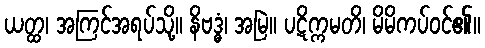
ယတ္ထ၊ အကြင်အရပ်သို့။ နိဗဒ္ဓံ၊ အမြဲ။ ပဋိက္ကမတိ၊ မိမိကပ်ဝင်၏။